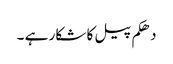
دھکم پیل کا شکار ہے ۔